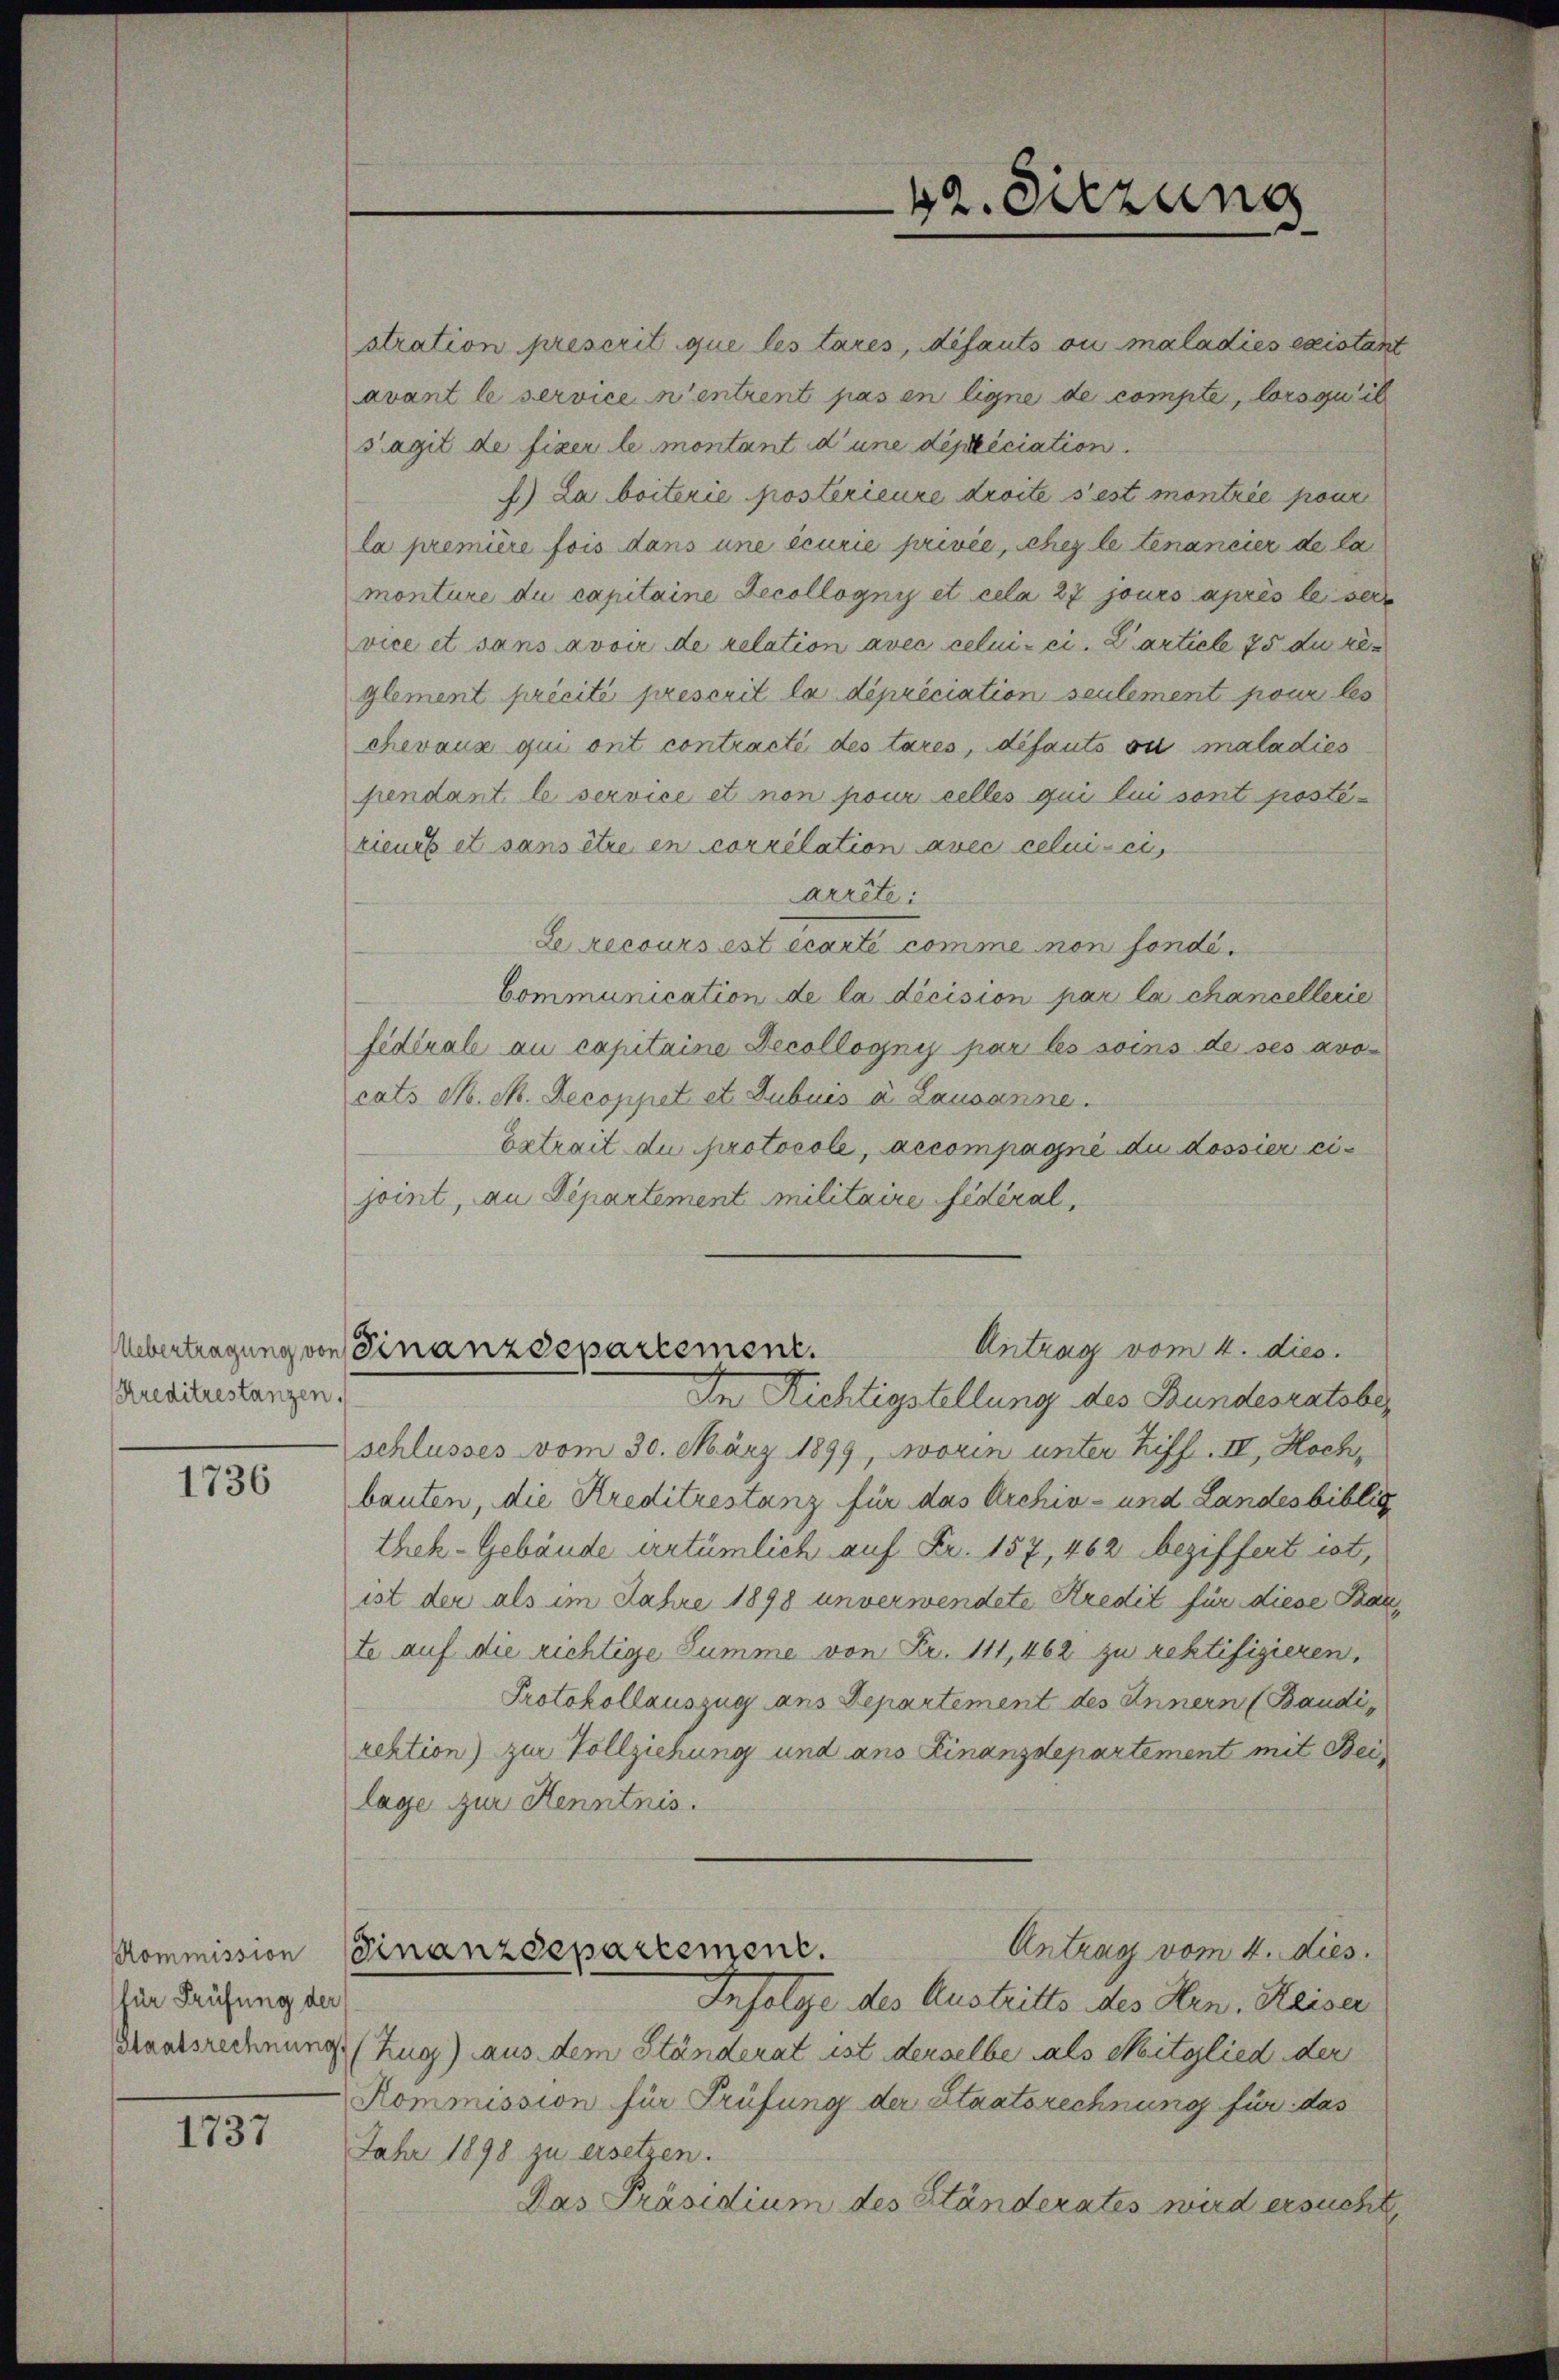
Kreditrestanzen.

1736

Kommission
für Prüfung der
Staatsrechnung

1737

stration prescrit que les tares, défauts ou maladies existant
avant le service n’entrent pas en ligne de compte, lorsquit
s’agit de fixer le montant d’une dipliciation.
) La beiterie postérieure droite s’est montrie pour
la première fois dans une écurie privée, chez le tenancier de la
monture du capitaine Zecollognis et cela 27 jours après le sei
vice et sans avoir de relation avec celui-ci. Particle 75 du re
glement précité prescrit la dépréciation seulement pour les
chevaux qui ont contracté des tares, défauts ou maladies
pendant le service et non pour celles qui lui sont posté-
rieurs et sans être en correlation avec celui-ci
arrête:
Le recours est écarti comme non fondé.
Communication de la dicision par la chancellerie
sidérale au capitaine Decollogni par les soins de ses avo-
cats M. M. Decoppet et Subuis à Lausanne.
Eetrait die protocole, accompagné du dossier eijoint, an Departement Militaire fédéral,
Antrag vom 4. dies.
Uebertragung von Finanzdepartement.
In Richtigstellung des Bundesratsbeschlusses vom 30. März 1899, worin unter Ziff. IV, Hoch,
bauten, die Kreditrestanz für das Archiv- und Landesbiblic
thek-Gebäude artümlich auf Fr. 157, 462 beziffert ist,
ist der als im Jahre 1898 unverwendete Kredit für diese Stante auf die richtige Summe von Fr. 111,462 zu rektifizieren,
Protokollauszug aus Departement des Innern (Baudirektion) zur Vollziehung und ans Finanzdepartement mit Beilage zur Kenntnis.
Antrag vom 4. dies.
Finanzdepartement.
Infolge des Austritts des Hrn. Keiser
(Zug) aus dem Ständerat ist derselbe als Mitglied der
Kommission für Prüfung der Staatsrechnung für das
Jahr 1898 zu ersetzen.
Das Präsidium des Ständerates wird ersucht

42. Sitzung